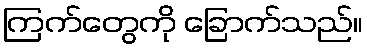
ကြက်တွေကို ခြောက်သည်။